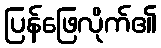
ပြန်ဖြေလိုက်၏